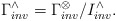
\begin{align*}\Gamma^{\wedge}_{inv}=\Gamma^{\otimes}_{inv}/I_{inv}^{\wedge}.\end{align*}